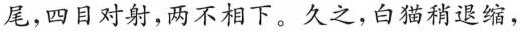
尾，四目对射，两不相下。久之，白猫稍退缩，